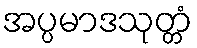
အပ္ပမာဒသုတ္တံ